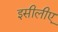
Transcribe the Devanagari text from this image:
इसीलीए